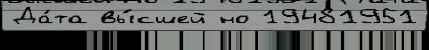
Да́та вы́сшей но 19481951